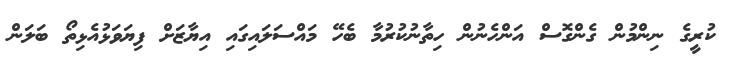
ކުރީގެ ނިންމުން ގެންގޮސް އަންހެނުން ހިތާނުކުރުމާ ބެހޭ މައްސަލައިގައި އިޔާޒަށް ފިޔަވަޅުއެޅިތޯ ބަލަން